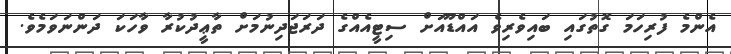
އެންމެ ފުރިހަމަ ގޮތުގައި ބައިވެރިވެ އައްޑޫއަށް ސިޓީއެއްގެ ދަރަޖަދިނުމަށް ތާޢީދުކުރާ ވާހަކަ ދަންނަވަމެވެ.